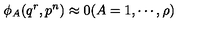
\phi _ { A } ( q ^ { r } , p ^ { n } ) \approx 0 ( A = 1 , \cdots , \rho )